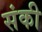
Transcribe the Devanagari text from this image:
संकी